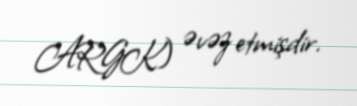
ARGK) əvəz etmişdir.